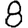
Digit: 8